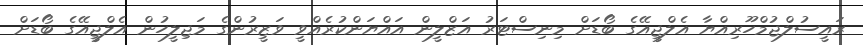
ރައީސުލްޖުމްހޫރިއްޔާ އެލްޖީއޭގެ ބޯޑަށް މިނިސްޓަރު އަޒްލީން އައްޔަންކުރެއްވީ ވަޒީރުންގެ މަޖިލީހުން އެލްޖީއޭގެ ބޯޑަށް